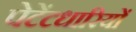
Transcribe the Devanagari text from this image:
पेटेंटधारियों